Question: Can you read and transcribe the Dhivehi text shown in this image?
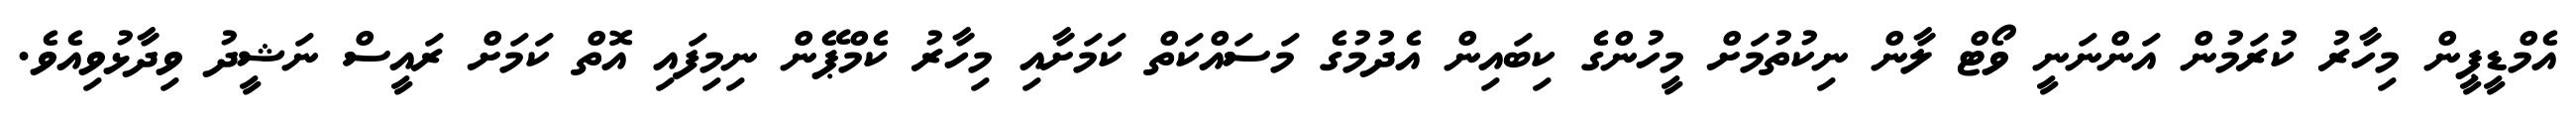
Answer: އެމްޑީޕީން މިހާރު ކުރަމުން އަންނަނީ ވޯޓް ލާން ނިކުތުމަށް މީހުންގެ ކިބައިން އެދުމުގެ މަސައްކަތް ކަމަށާއި މިހާރު ކެމްޕޭން ނިމިފައި އޮތް ކަމަށް ރައީސް ނަޝީދު ވިދާޅުވިއެވެ.